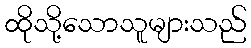
ထိုသို့သောသူများသည်